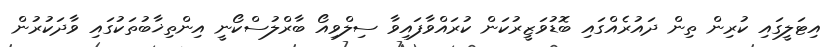
އިޓަލީގައި ކުރިން ތިން ދައުރެއްގައި ބޮޑުވަޒީރުކަން ކުރައްވާފައިވާ ސިލްވިއޯ ބާރްލުސްކޯނީ އިންތިޚާބުތަކުގައި ވާދަކުރުން